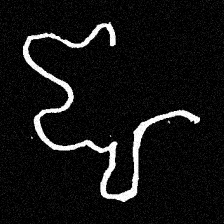
Pyu character \u2014 Myanmar letter: ဈ (romanized: jha)